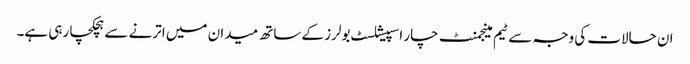
ان حالات کی وجہ سے ٹیم مینجمنٹ چار اسپیشلسٹ بولرز کے ساتھ میدان میں اترنے سے ہچکچا رہی ہے۔